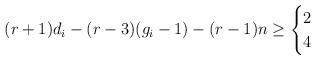
LaTeX: \begin{align*} (r + 1) d_i - (r - 3)(g_i - 1) - (r - 1)n \geq \begin{cases} 2 & \\4 & \end{cases}\end{align*}